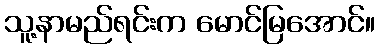
သူ့နာမည်ရင်းက မောင်မြအောင်။